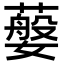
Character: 𦽮